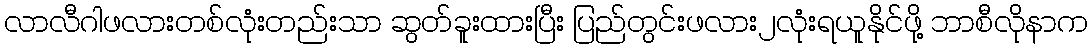
လာလီဂါဖလားတစ်လုံးတည်းသာ ဆွတ်ခူးထားပြီး ပြည်တွင်းဖလား၂လုံးရယူနိုင်ဖို့ ဘာစီလိုနာက